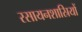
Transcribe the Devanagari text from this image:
रसायनशास्रियों